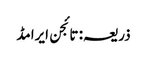
ذریعہ: تائجن ایرامڈ